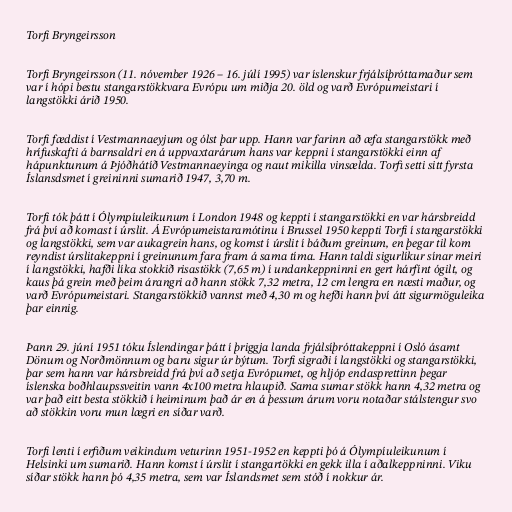
Torfi Bryngeirsson

Torfi Bryngeirsson (11. nóvember 1926 – 16. júlí 1995) var íslenskur frjálsíþróttamaður sem
var í hópi bestu stangarstökkvara Evrópu um miðja 20. öld og varð Evrópumeistari í
langstökki árið 1950.

Torfi fæddist í Vestmannaeyjum og ólst þar upp. Hann var farinn að æfa stangarstökk með
hrífuskafti á barnsaldri en á uppvaxtarárum hans var keppni í stangarstökki einn af
hápunktunum á Þjóðhátíð Vestmannaeyinga og naut mikilla vinsælda. Torfi setti sitt fyrsta
Íslansdsmet í greininni sumarið 1947, 3,70 m.

Torfi tók þátt í Ólympíuleikunum í London 1948 og keppti í stangarstökki en var hársbreidd
frá því að komast í úrslit. Á Evrópumeistaramótinu í Brussel 1950 keppti Torfi í stangarstökki
og langstökki, sem var aukagrein hans, og komst í úrslit í báðum greinum, en þegar til kom
reyndist úrslitakeppni í greinunum fara fram á sama tíma. Hann taldi sigurlíkur sínar meiri
í langstökki, hafði líka stokkið risastökk (7,65 m) í undankeppninni en gert hárfínt ógilt, og
kaus þá grein með þeim árangri að hann stökk 7,32 metra, 12 cm lengra en næsti maður, og
varð Evrópumeistari. Stangarstökkið vannst með 4,30 m og hefði hann því átt sigurmöguleika
þar einnig.

Þann 29. júní 1951 tóku Íslendingar þátt í þriggja landa frjálsíþróttakeppni í Osló ásamt
Dönum og Norðmönnum og baru sigur úr býtum. Torfi sigraði í langstökki og stangarstökki,
þar sem hann var hársbreidd frá því að setja Evrópumet, og hljóp endasprettinn þegar
íslenska boðhlaupssveitin vann 4x100 metra hlaupið. Sama sumar stökk hann 4,32 metra og
var það eitt besta stökkið í heiminum það ár en á þessum árum voru notaðar stálstengur svo
að stökkin voru mun lægri en síðar varð.

Torfi lenti í erfiðum veikindum veturinn 1951-1952 en keppti þó á Ólympíuleikunum í
Helsinki um sumarið. Hann komst í úrslit í stangartökki en gekk illa í aðalkeppninni. Viku
síðar stökk hann þó 4,35 metra, sem var Íslandsmet sem stóð í nokkur ár.